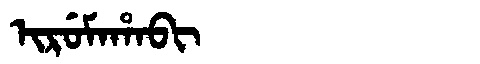
Manchu: ᡳᡵᡠᠮᠠᡥᠠᠪᡳ
Romanization: IRUMAHABI